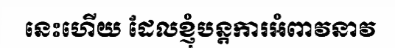
នេះហើយ ដែលខ្ញុំបន្តការអំពាវនាវ